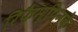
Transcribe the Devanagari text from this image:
रिफैम्पिनके